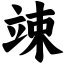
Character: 竦